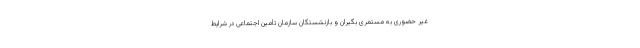
غیر حضوری به مستمری بگیران و بازنشستگان سازمان تأمین اجتماعی در شرایط